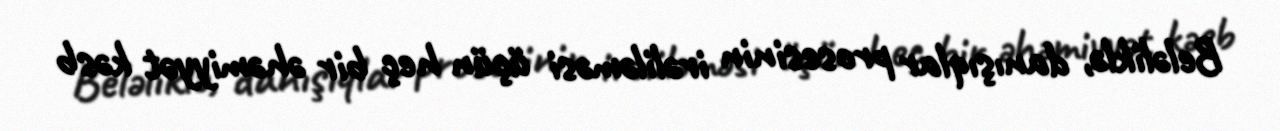
Beləliklə, danışıqlar prosesinin irəliləməsi üçün heç bir əhəmiyyət kəsb